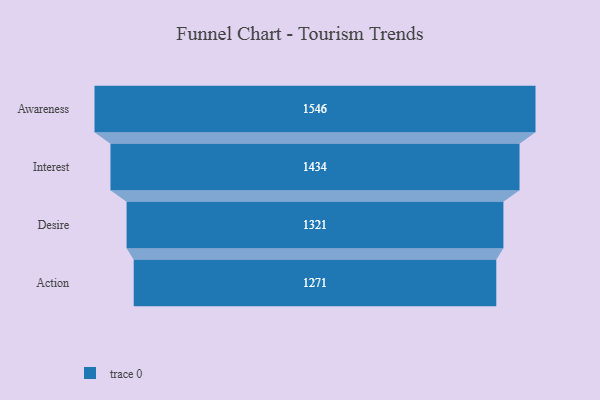
{"axis": {"x": "Stage", "y": "Value"}, "legend": [""], "data": [{"x": "Awareness", "y": 1546.0, "type": ""}, {"x": "Interest", "y": 1434.0, "type": ""}, {"x": "Desire", "y": 1321.0, "type": ""}, {"x": "Action", "y": 1271.0, "type": ""}]}